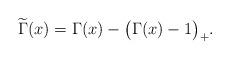
LaTeX: \begin{align*}\widetilde \Gamma(x)=\Gamma(x)-\big(\Gamma(x)-1\big)_+.\end{align*}